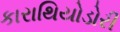
કારાથિયોડોરી